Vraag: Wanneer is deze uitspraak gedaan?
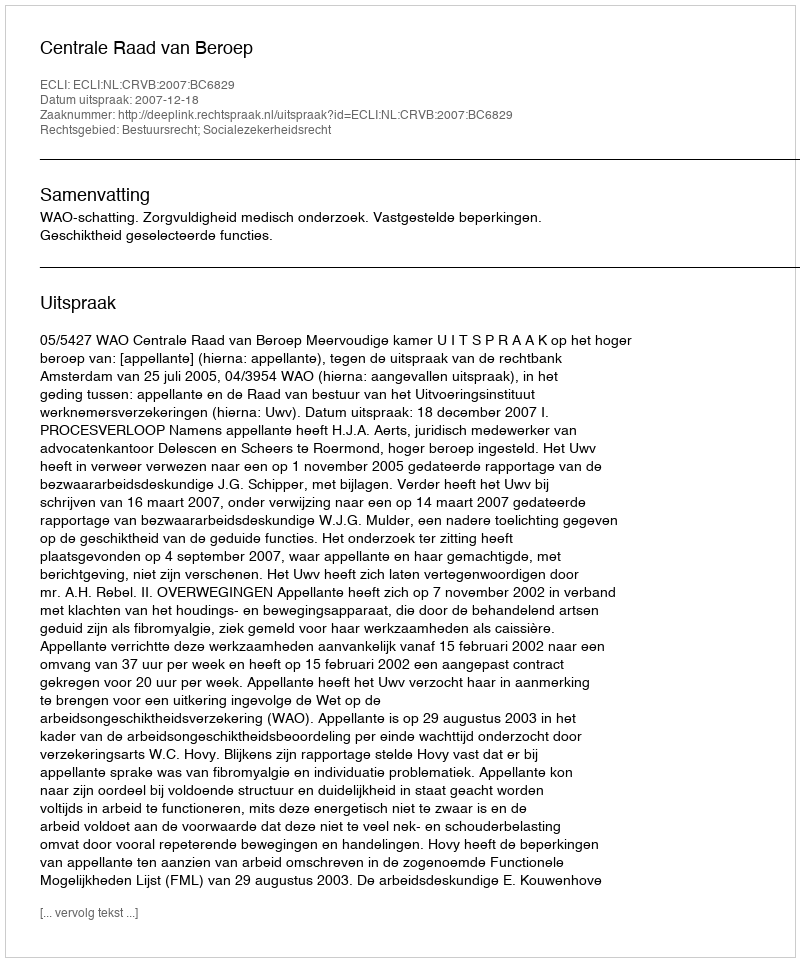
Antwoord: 2007-12-18